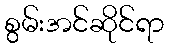
စွမ်းအင်ဆိုင်ရာ